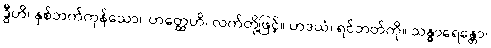
ဒွီဟိ၊ နှစ်ဘက်ကုန်သော။ ဟတ္ထေဟိ၊ လက်တို့ဖြင့်။ ဟဒယံ၊ ရင်ဘတ်ကို။ သန္ဓာရေန္တော၊